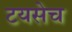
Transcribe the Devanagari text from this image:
टयसेच